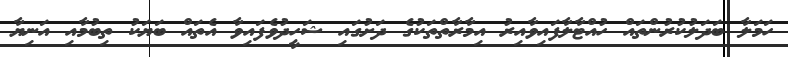
ހަމަލާ ބަދަލުކުރުންތައް ހުއްޓާލާފައިވާއިރު އިމާރާތްތަކުގެ ދަށުގައި ޝަހީދުވެފައިވާ އެތައް ބަޔަކު ތިބުމާއި އަނިޔާ